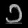
Digit: ၁